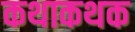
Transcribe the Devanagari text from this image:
कथाकथक